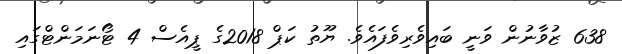
638 ޒުވާނުން ވަނީ ބައިވެރިވެފައެވެ. ޔޫތު ކަޕް 2018ގެ ޕީއެސް 4 ޓޯނަމަންޓްގައި